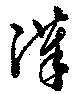
漢